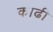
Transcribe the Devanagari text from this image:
काढी